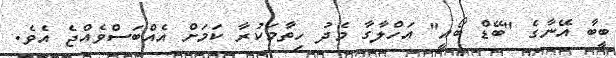
ބީބާ އޭނާގެ "ބޭޑް ބޯއީ" އަހްލާގާ މެދު ހިތާމަކުރާ ކަމަށް އެއްބަސްވެއްޖެ އެވެ.